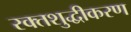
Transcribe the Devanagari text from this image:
रक्तशुद्धीकरण